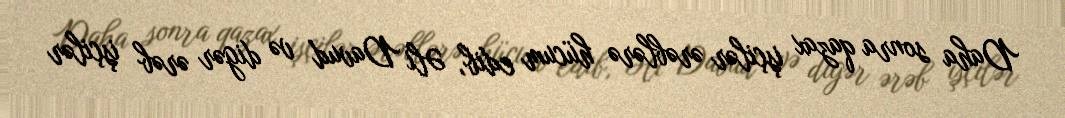
Daha sonra qazax işçilər ərəblərə hücum edib, Əli Davud və digər ərəb işçilər